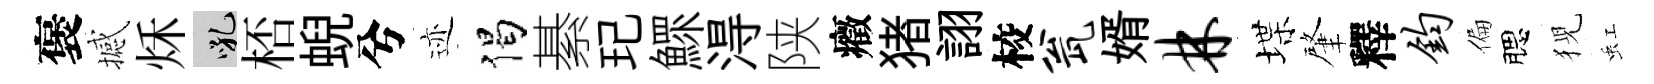
褒撼秌吼桮蜺兮迹偈綦玘鰥淂陕癥猪詡校瓮婿林堞肇釋钧偏腮猊虹